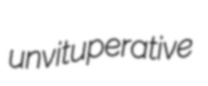
unvituperative